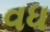
વધ